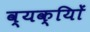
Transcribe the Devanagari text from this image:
व्यक्याेिं